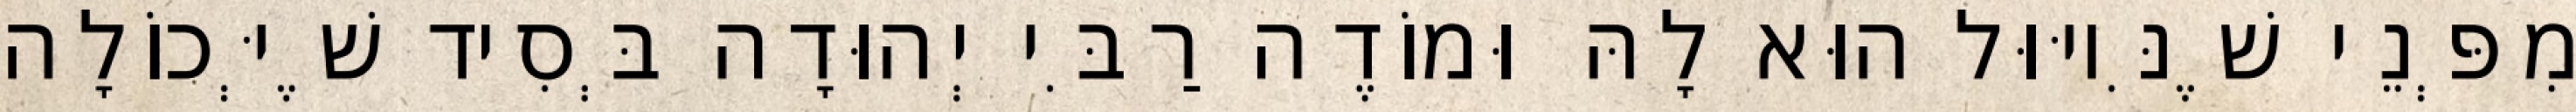
מִפְּנֵי שֶׁנִּיוּוּל הוּא לָהּ וּמוֹדֶה רַבִּי יְהוּדָה בְּסִיד שֶׁיְּכוֹלָה